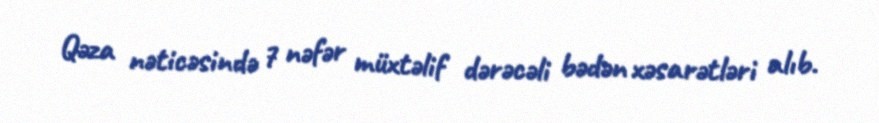
Qəza nəticəsində 7 nəfər müxtəlif dərəcəli bədən xəsarətləri alıb.